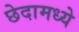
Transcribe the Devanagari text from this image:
छेदामध्ये